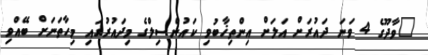
"ވާދޫގެ 4 ވަނަ ދައުރަށް އަލަށް އިންތިޚާބުވި ކައުންސިލްގެ މިދައުރުގައި މިހާތަނަށް ބޭއްވި